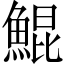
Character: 鯤